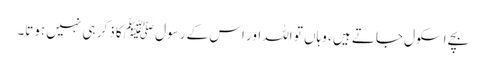
بچے اسکول جاتے ہیں ، وہاں تو اللہ اور اس کے رسول ﷺ کا ذکر ہی نہیں ہوتا۔